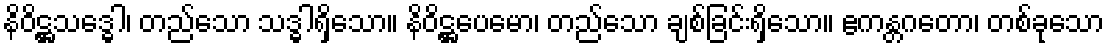
နိဝိဋ္ဌသဒ္ဓေါ၊ တည်သော သဒ္ဓါရှိသော။ နိဝိဋ္ဌပေမော၊ တည်သော ချစ်ခြင်းရှိသော။ ဧကန္တဂတော၊ တစ်ခုသော